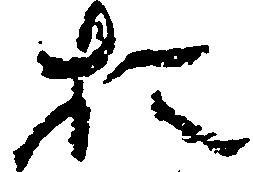
お